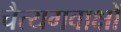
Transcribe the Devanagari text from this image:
चैत्यगवाक्षों